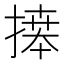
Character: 𢱭